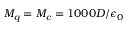
M _ { q } = M _ { c } = 1 0 0 0 D / \epsilon _ { 0 }